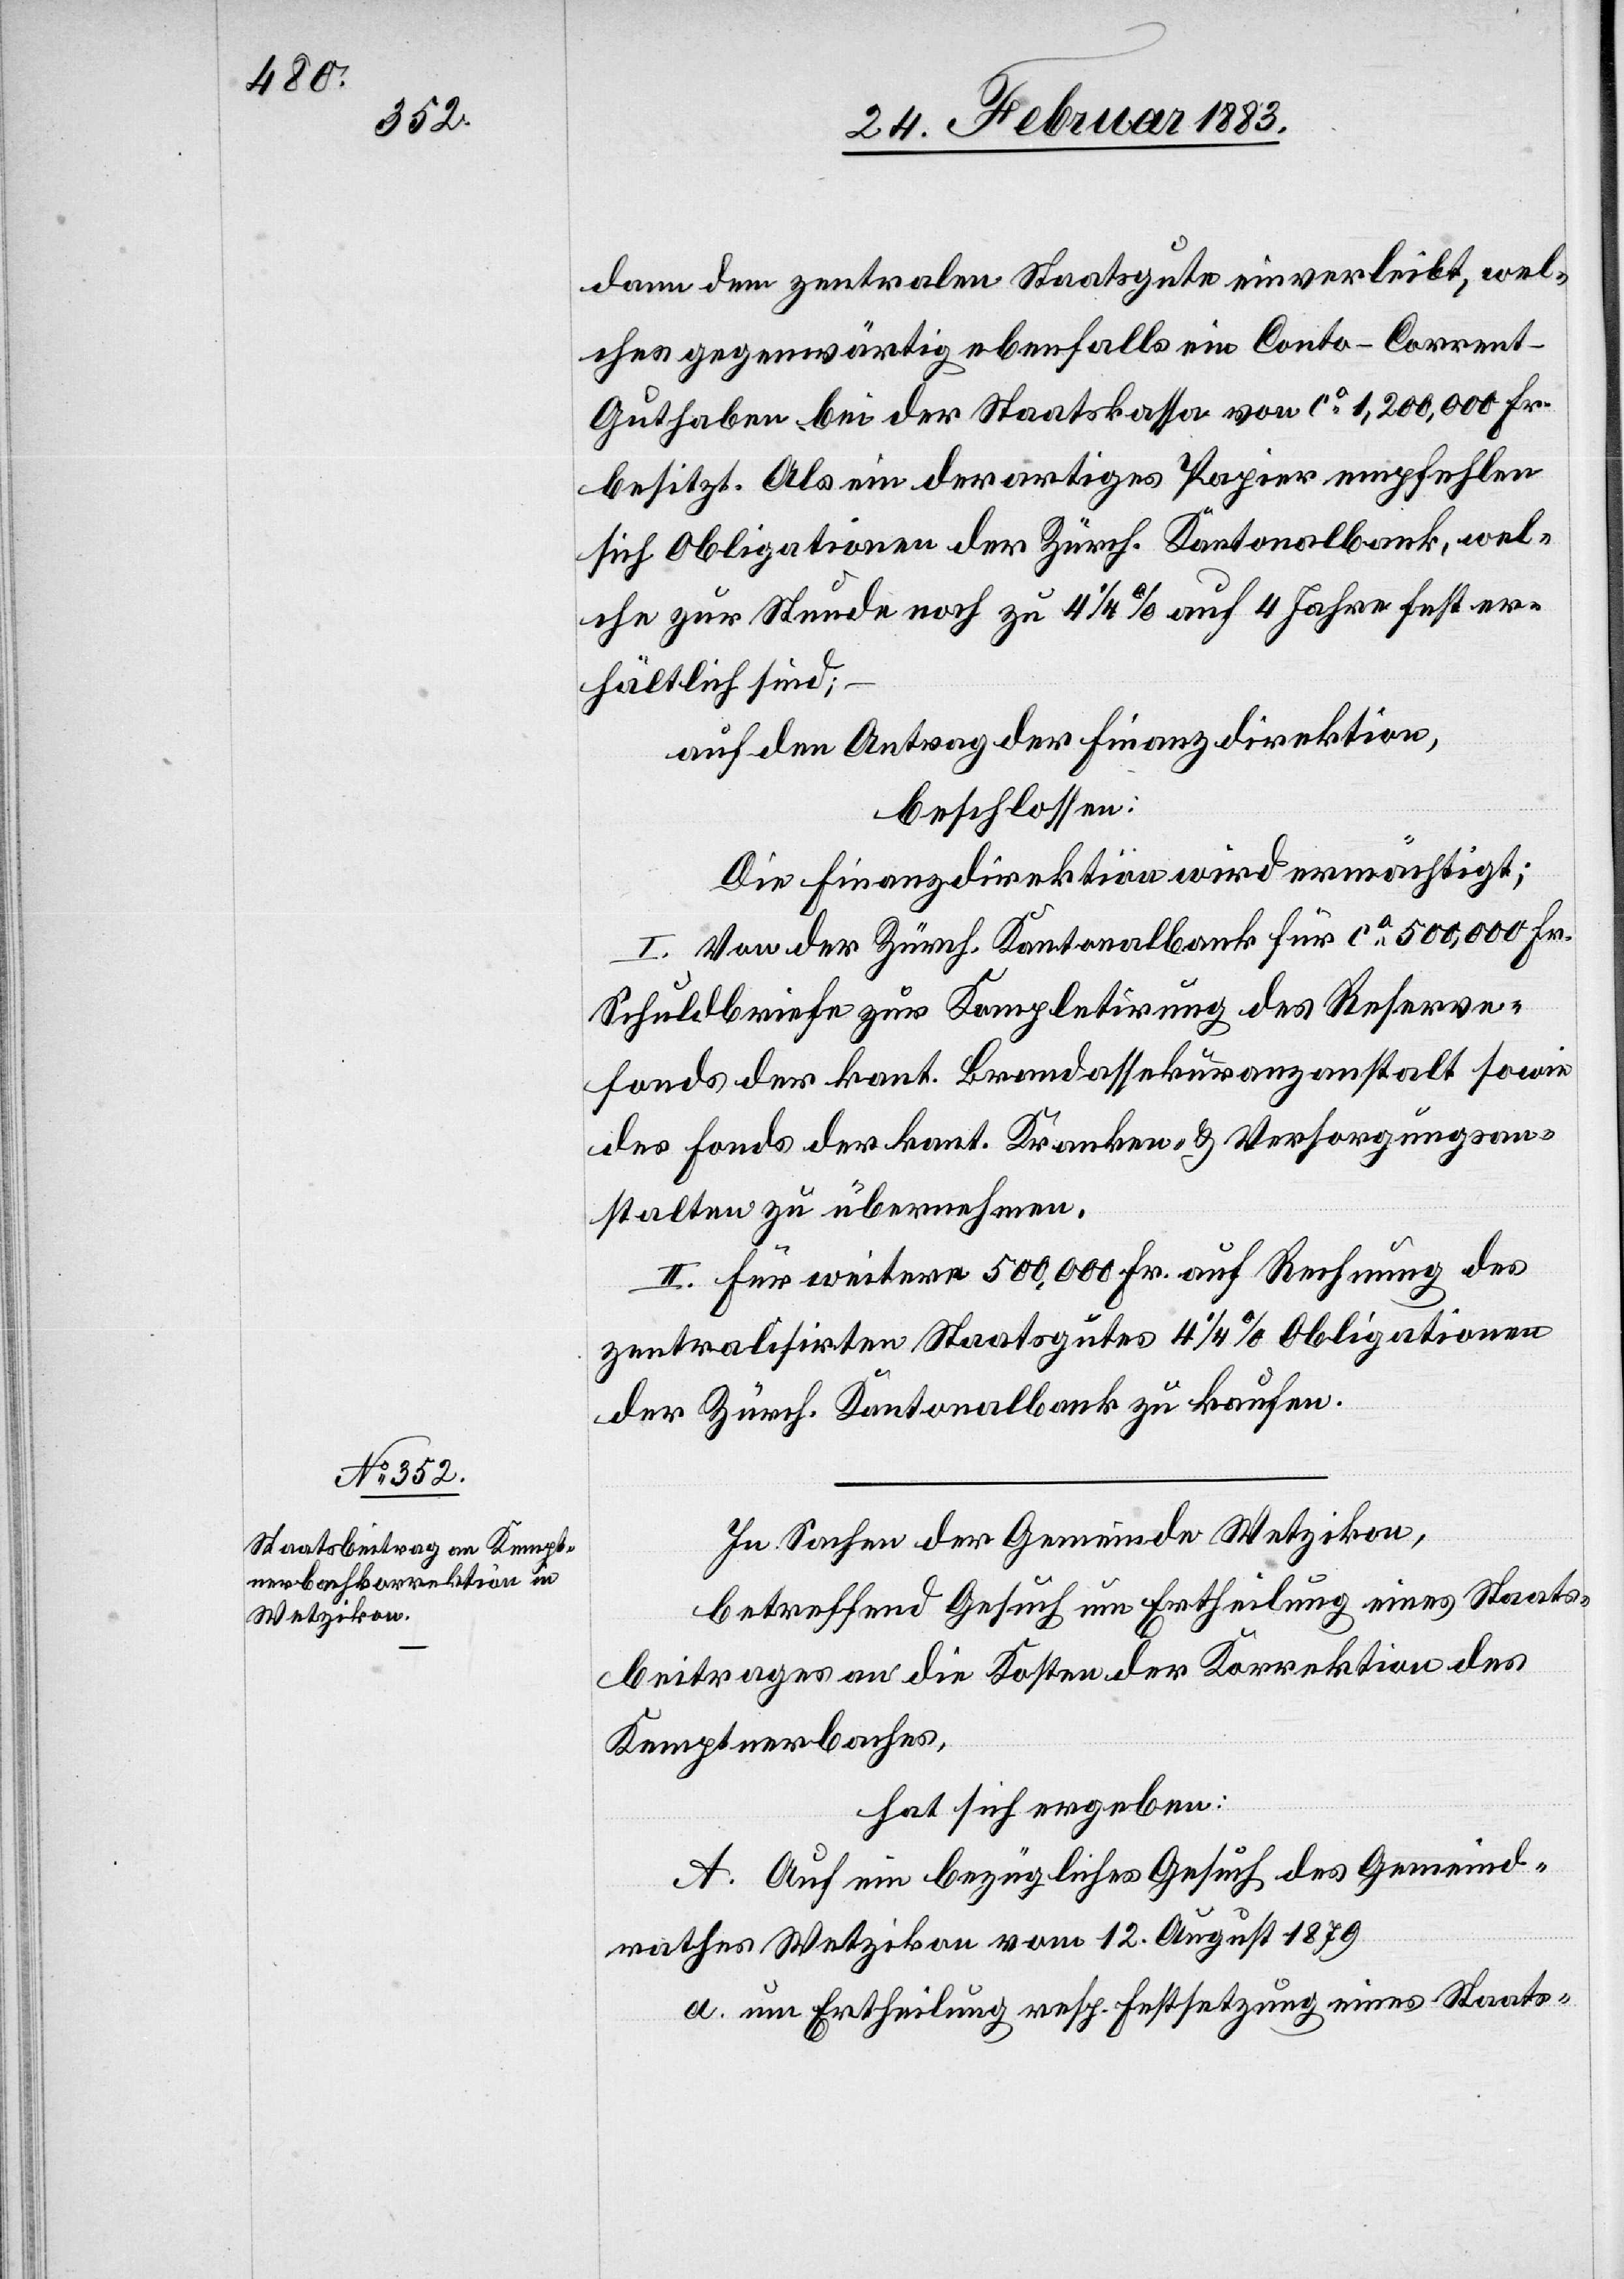
dann dem zentralen Staatsgute einverleibt, wel¬
ches gegenwärtig ebenfalls ein Conto-Corrent-G¬
uthaben bei der Staatskassa von ca 1,200,000 Fr.
besitzt. Als ein derartiges Papier empfehlen
sich Obligationen der Zürch. Kantonalbank, wel¬
che zur Stunde noch zu 4 1/4% auf 4 Jahre er¬
hältlich sind;
auf den Antrag der Finanzdirektion,
beschlossen:
Die Finanzdirektion wird ermächtigt;
I. Von der Zürch. Kantonalbank für ca 500,000 Fr.
Schuldbriefe zur Kompletirung des Reserve¬
fonds der kant. Brandassekuranzanstalt sowie
des Fonds der kant. Kranken- & Versorgungsan¬
stalt zu übernehmen.
II. Für weitere 500,000 Fr. auf Rechnung des
zentralisirten Staatsgutes 4 1/4% Obligationen
der Zürch. Kantonalbank zu kaufen.
In Sachen der Gemeinde Wetzikon,
betreffend Gesuch um Ertheilung eines Staats¬
beitrages an die Kosten der Korrektion des
Kemptnerbaches,
hat sich ergeben:
A. Auf ein bezügliches Gesuch des Gemeind¬
rathes Wetzikon vom 12. August 1879
a. um Ertheilung resp. Festsetzung eines Staats-